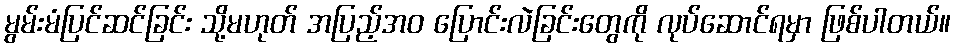
မွမ်းမံပြင်ဆင်ခြင်း သို့မဟုတ် အပြည့်အဝ ပြောင်းလဲခြင်းတွေကို လုပ်ဆောင်ရမှာ ဖြစ်ပါတယ်။